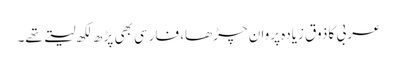
عربی کا ذوق زیادہ پروان چڑھا، فارسی بھی پڑھ لکھ لیتے تھے۔